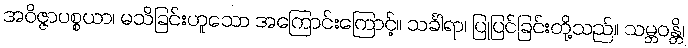
အဝိဇ္ဇာပစ္စယာ၊ မသိခြင်းဟူသော အကြောင်းကြောင့်။ သင်္ခါရာ၊ ပြုပြင်ခြင်းတို့သည်။ သမ္ဘဝန္တိ၊